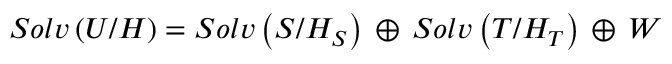
S o l v \left( { \cal U } / { \cal H } \right) = S o l v \left( { S } / { \cal H } _ { S } \right) \, \oplus \, S o l v \left( { T } / { \cal H } _ { T } \right) \, \oplus \, { \cal W }